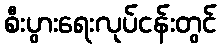
စီးပွားရေးလုပ်ငန်းတွင်